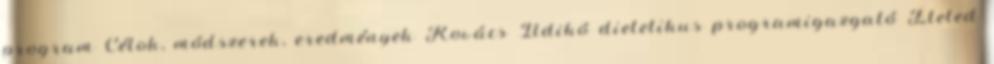
program Célok, módszerek, eredmények Kovács Ildikó dietetikus programigazgató Ételed